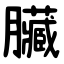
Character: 臟